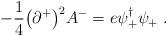
LaTeX: \begin{align*}-{1 \over 4} \bigl(\partial^+\bigr)^2 A^- = e \psi_+^\dagger \psi_+ \;.\end{align*}